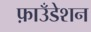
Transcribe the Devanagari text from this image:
फ़ाउँडेशन